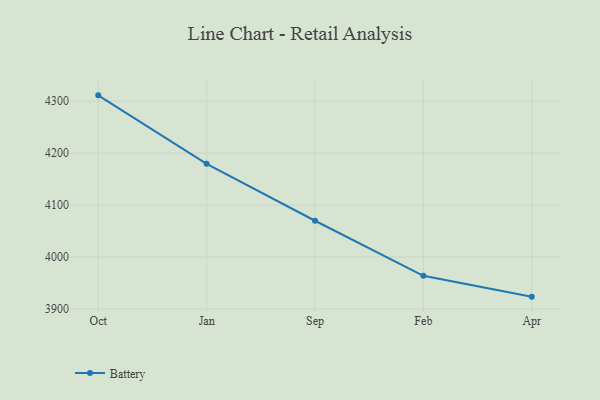
{"axis": {"x": "Month", "y": "Satisfaction Score"}, "legend": ["Battery"], "data": [{"x": "Oct", "y": 4311.3, "type": "Battery"}, {"x": "Jan", "y": 4179.4, "type": "Battery"}, {"x": "Sep", "y": 4069.8, "type": "Battery"}, {"x": "Feb", "y": 3963.8, "type": "Battery"}, {"x": "Apr", "y": 3923.6, "type": "Battery"}]}